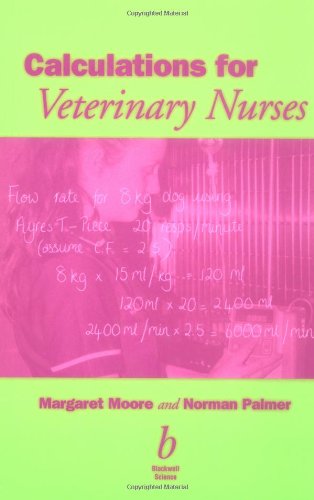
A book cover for Calculations for Veterinary Nurses; Margaret C. Moore; Medical Books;